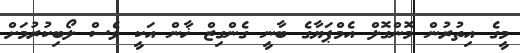
މީގެ އިތުރުން މޮންގޮލް އެމްޕަޔާގެ ބާނީ ގެންގިޒް ޚާން އަކީ ވެސް ލޯބިކުރުމަށް